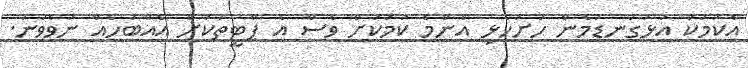
އެކަމަކު އަޅުގަނޑުމެން ހުށަހެޅި އެންމެ ކަމަކަށް ވެސް އެ ޕާޓީތަކަށް އެއްބަހެއް ނުވެވުނު.